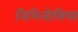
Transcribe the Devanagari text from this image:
निशिनोमिया